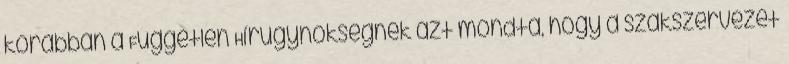
korábban a Független Hírügynökségnek azt mondta, hogy a szakszervezet